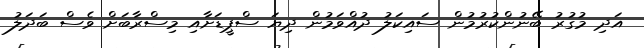
އަދި މުގުރު ބޭނުންކުރުމުން ސައިކަލު ދުއްވަމުން ދިޔަ ސްޕީޑަށާއި މިސްރާބަށް ވެސް ބަދަލު